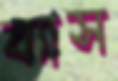
ব্যাস